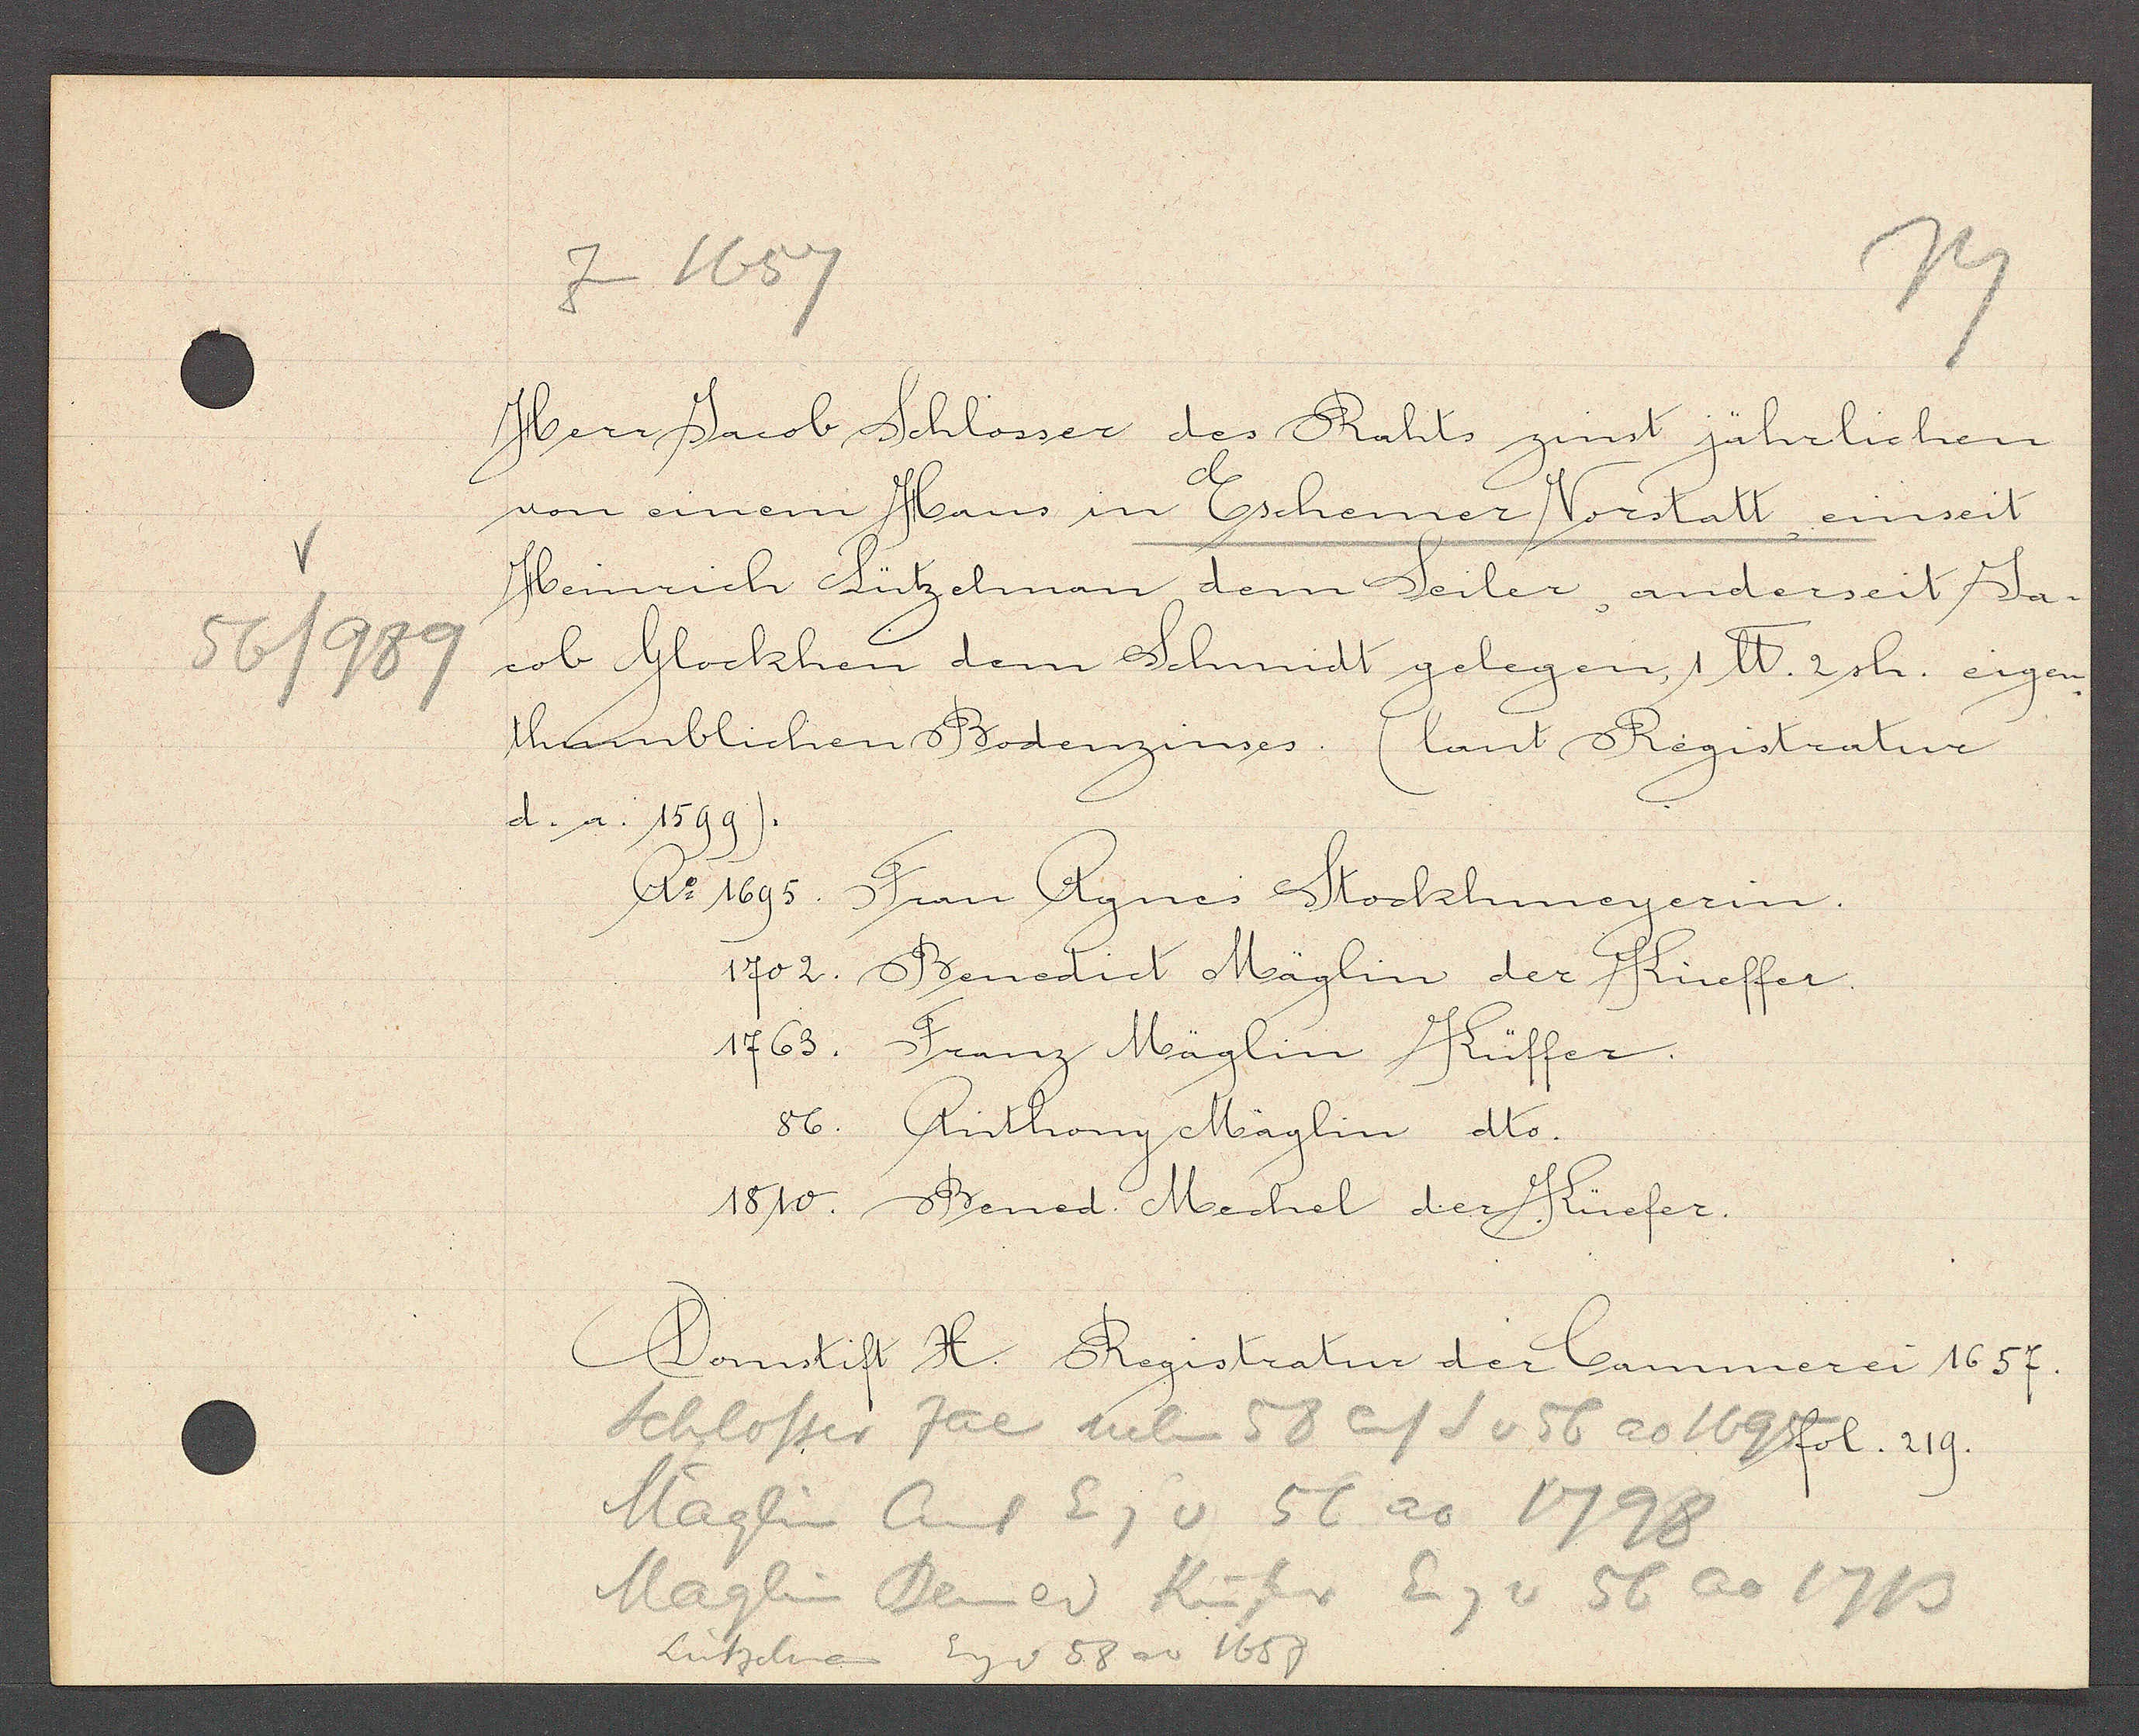
Transcript:
56/1989

Zu 1657

Herr Jacob Schlosser des Rahts zinst jährlichen
von einem Haus in Eschemer Vorstatt, einseit
Heinrich Lützelman dem Seiler, anderseit Ja¬
cob Glockhen dem Schmidt gelegen, 1 ℔. 2 sh. eigen¬
thumblichen Bodenzinses (laut Registratur
d. a. 1599).
Ao 1695. Frau Agnes Stockhmeyerin.
1702. Benedict Mäglin der Küeffer.
1763. Franz Mäglin Küffer.
1810. Bened. Mechel der Küefer.
86. Anthony Mäglin dto.

Domstift H. Registratur der Cammerei 1657.

Schlosser Jac nneben 58 auf S v 56 ao 1695 fol. 219.
Mäglin Ant Eg v 56 ao 1798
Maglin Bened Küfer Eg v 56 ao 1713
Lützelman
Eig v 58 ao 1657